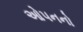
ઓપનનો